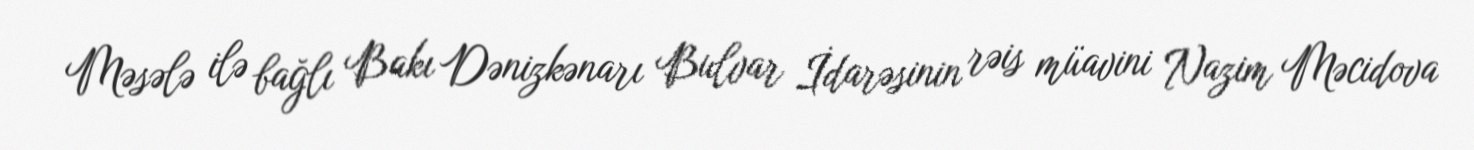
Məsələ ilə bağlı Bakı Dənizkənarı Bulvar İdarəsinin rəis müavini Nazim Məcidova